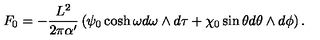
F _ { 0 } = - \frac { L ^ { 2 } } { 2 \pi \alpha ^ { \prime } } \left( \psi _ { 0 } \cosh \omega d \omega \wedge d \tau + \chi _ { 0 } \sin \theta d \theta \wedge d \phi \right) .